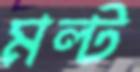
মল্ট